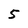
Character: 5